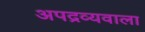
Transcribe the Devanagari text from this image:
अपद्रव्यवाला